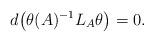
LaTeX: \begin{align*} d\bigl(\theta(A)^{-1}L_A\theta\bigr) = 0.\end{align*}